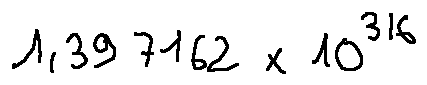
1 , 3 9 7 1 6 2 \times 1 0 ^ { 3 1 6 }